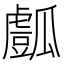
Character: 𤬘